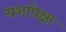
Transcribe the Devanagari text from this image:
यशापेक्षा